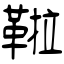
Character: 鞡